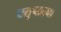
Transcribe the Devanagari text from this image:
चतुष्टठ्या